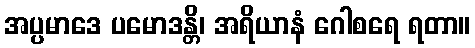
အပ္ပမာဒေ ပမောဒန္တိ၊ အရိယာနံ ဂေါစရေ ရတာ။